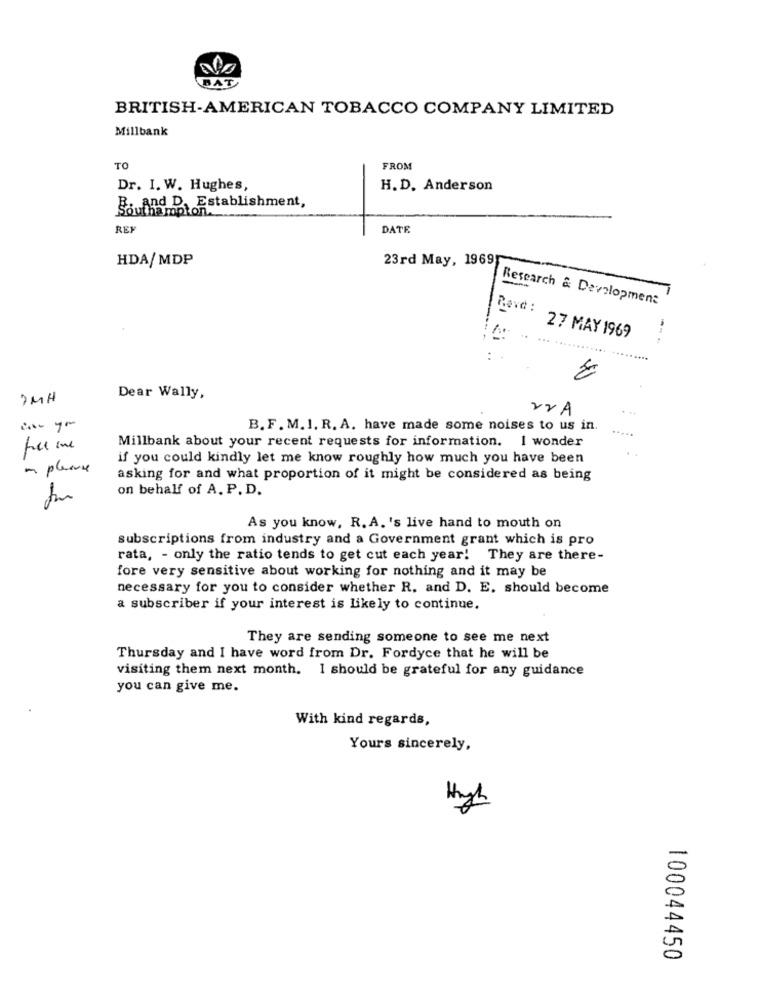
BAT
BRITISH-AMERICAN TOBACCO COMPANY LIMITED
Millbank
TO
FROM
Dr. I. W. Hughes,
H. D. Anderson
and D, Establishment,
REX
DATE
HDA/MDP
23rd May, 1969
Research & Development
Revd :
27 MAY 1969
......
IMH
Dear Wally,
VrA
B. F. M. I. R. A. have made some noises to us in.
Millbank about your recent requests for information. I wonder
if you could kindly let me know roughly how much you have been
- please
asking for and what proportion of it might be considered as being
on behalf of A. P. D.
As you know, R. A. 's live hand to mouth on
subscriptions from industry and a Government grant which is pro
rata, - only the ratio tends to get cut each year! They are there-
fore very sensitive about working for nothing and it may be
necessary for you to consider whether R, and D. E. should become
a subscriber if your interest is likely to continue.
They are sending someone to see me next
Thursday and I have word from Dr. Fordyce that he will be
visiting them next month. I should be grateful for any guidance
you can give me.
With kind regards,
Yours sincerely,
High
100044450